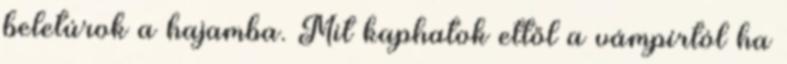
beletúrok a hajamba. Mit kaphatok ettől a vámpírtól ha